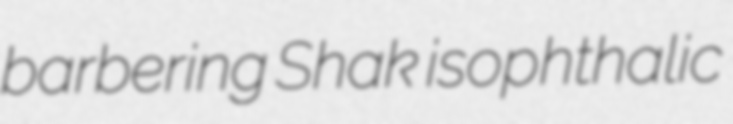
barbering Shak isophthalic